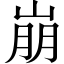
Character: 崩